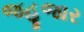
જહૂજાર